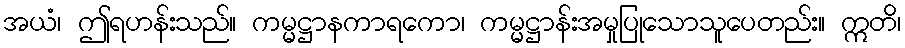
အယံ၊ ဤရဟန်းသည်။ ကမ္မဋ္ဌာနကာရကော၊ ကမ္မဋ္ဌာန်းအမှုပြုသောသူပေတည်း။ ဣတိ၊